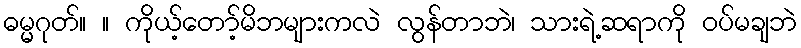
ဓမ္မဂုတ်။ ။ ကိုယ့်တော့်မိဘများကလဲ လွန်တာဘဲ၊ သားရဲ့ဆရာကို ဝပ်မချဘဲ